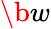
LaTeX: \b w